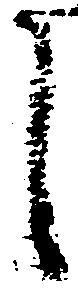
し